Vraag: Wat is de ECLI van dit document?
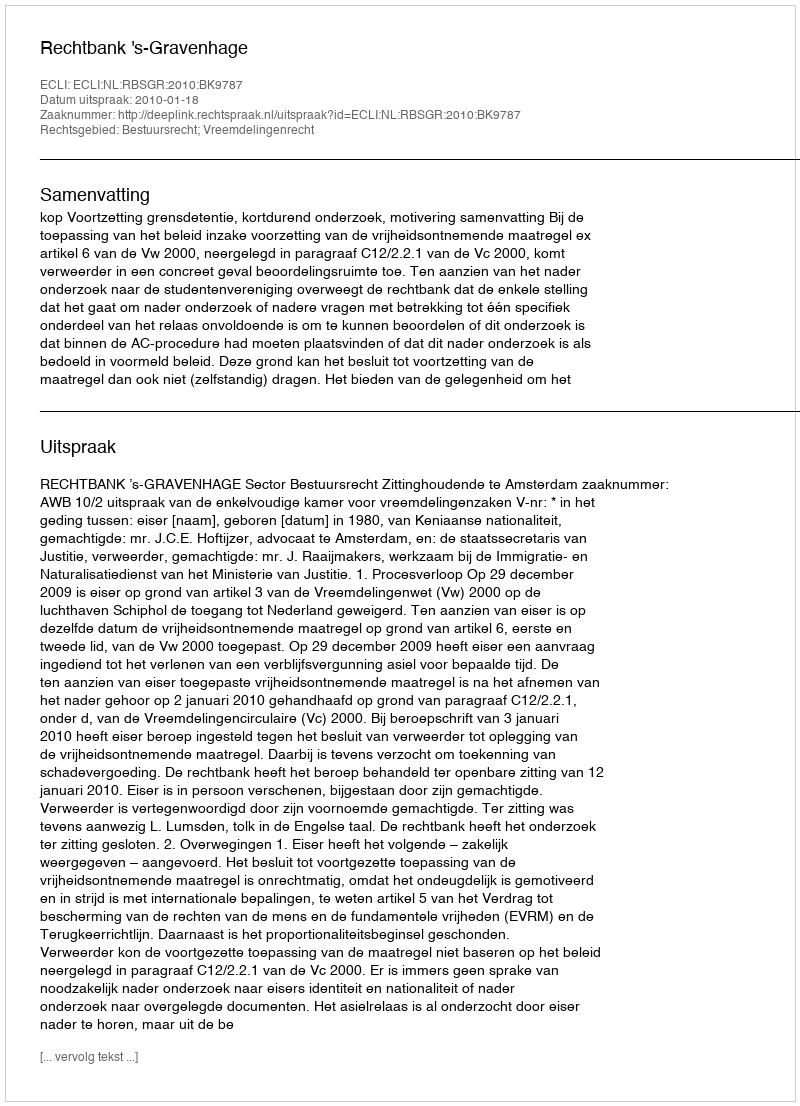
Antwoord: ECLI:NL:RBSGR:2010:BK9787